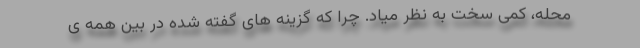
محله، کمی سخت به نظر میاد. چرا که گزینه های گفته شده در بین همه ی